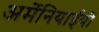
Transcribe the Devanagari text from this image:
अर्मेनियाईयों